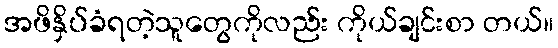
အဖိနှိပ်ခံရတဲ့သူတွေကိုလည်း ကိုယ်ချင်းစာ တယ်။